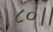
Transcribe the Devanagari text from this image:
८०।।